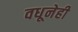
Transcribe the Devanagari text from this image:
वधूनेही